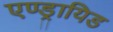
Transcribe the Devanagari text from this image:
एण्ड्रायिड